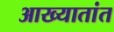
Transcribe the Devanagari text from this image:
आख्यातांत